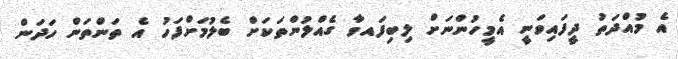
އެ މުއްދަތު ދީފައިވަނީ އެމީހުންނަށް ލިބިފައވާ ގެއްލުންތަކަށް ބެލުމަށްފަހު އެ ތަންތަން ހަދަން